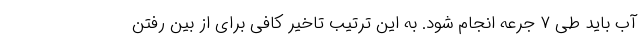
آب باید طی ۷ جرعه انجام شود. به این ترتیب تاخیر کافی برای از بین رفتن